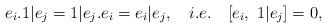
\begin{align*}e_{i}.1|e_{j}=1|e_{j}.e_{i}=e_{i}|e_{j},\quad i.e.\quad [e_{i},~1|e_{j}]=0,\end{align*}